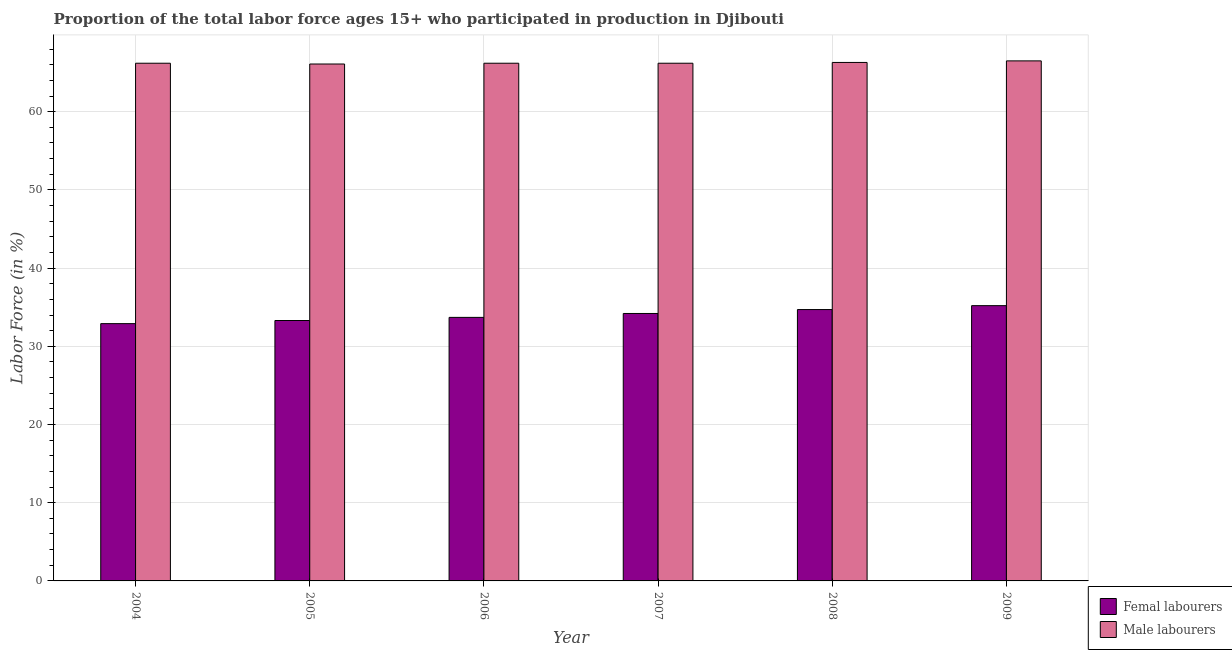
| Year | Femal labourers | Male labourers |
 | --- | --- | --- |
 | 2004 | 32.9 | 66.2 |
 | 2005 | 33.3 | 66.1 |
 | 2006 | 33.7 | 66.2 |
 | 2007 | 34.2 | 66.2 |
 | 2008 | 34.7 | 66.3 |
 | 2009 | 35.2 | 66.5 |